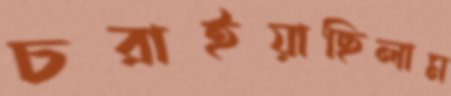
চরাইয়াছিলাম